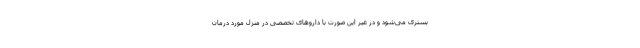
بستری می‌شود و در غیر این صورت با داروهای تخصصی در منزل مورد درمان